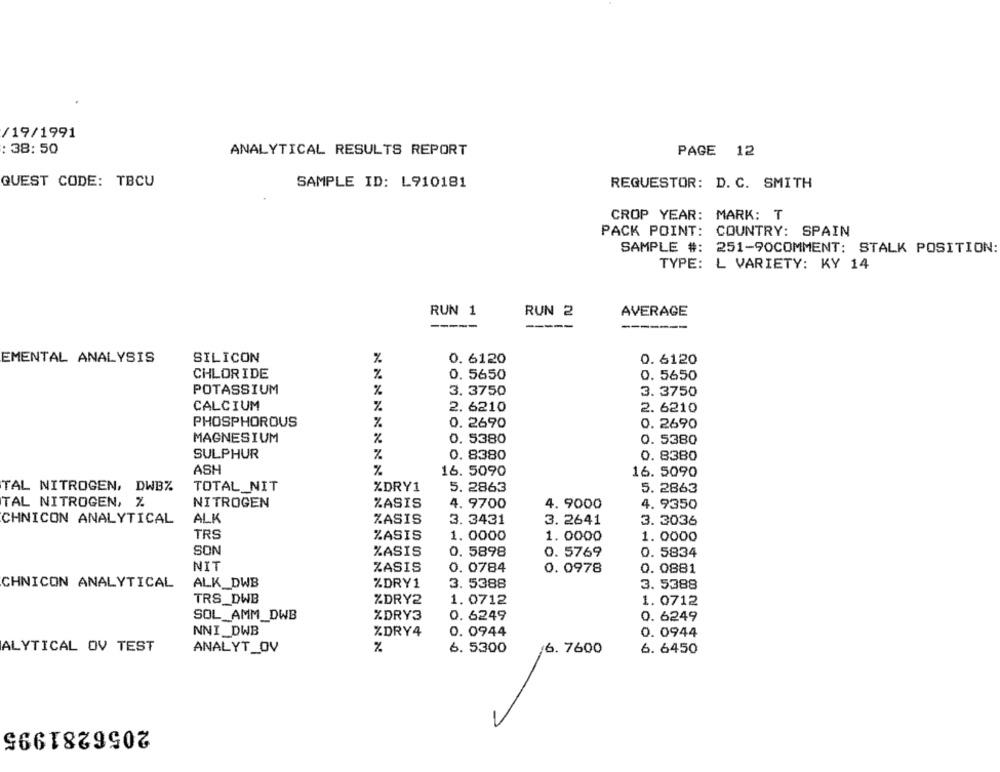
/19/1991
: 38: 50
ANALYTICAL RESULTS REPORT
PAGE 12
QUEST CODE: TBCU
SAMPLE ID: L910181
REQUESTOR: D. C. SMITH
CROP YEAR: MARK: T
PACK POINT: COUNTRY: SPAIN
SAMPLE #: 251-90COMMENT: STALK POSITION:
TYPE: L VARIETY: KY 14
RUN 1
RUN 2
AVERAGE
-----
EMENTAL ANALYSIS
SILICON
%
0. 6120
0. 6120
CHLORIDE
%.
0. 5650
0. 5650
POTASSIUM
%
3. 3750
3. 3750
CALCIUM
%
2. 6210
2. 6210
PHOSPHOROUS
0. 2690
0. 2690
%
MAGNESIUM
%
0. 5380
0. 5380
SULPHUR
%
0. 8380
0. 8380
ASH
%
16. 5090
16. 5090
TOTAL_NIT
TAL NITROGEN, DWBZ
%DRY1
5. 2863
5. 2863
NITROGEN
TAL NITROGEN, %
%ASIS
4. 9700
4. 9000
4. 9350
CHNICON ANALYTICAL
ALK
ZASIS
3. 3431
3. 2641
3. 3036
TRS
ZASIS
1. 0000
1. 0000
1. 0000
SON
%ASIS
0. 5898
0. 5769
0. 5834
NIT
ZASIS
0. 0784
0. 0978
0. 0881
CHNICON ANALYTICAL
ALK_DWB
%DRY1
3. 5388
3. 5388
TRS_DWB
%DRY2
1. 0712
1. 0712
SOL_AMM_DWB
%DRY3
0. 6249
0. 6249
NNI _DWB
%DRY4
0. 0944
0. 0944
ALYTICAL OV TEST
%
6. 5300
6. 7600
ANALYT_OV
6. 6450
2056281995